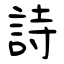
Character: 詩